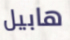
هابيل